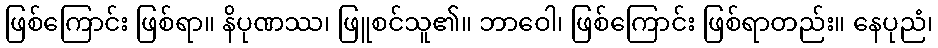
ဖြစ်ကြောင်း ဖြစ်ရာ။ နိပုဏဿ၊ ဖြူစင်သူ၏။ ဘာဝေါ၊ ဖြစ်ကြောင်း ဖြစ်ရာတည်း။ နေပုညံ၊